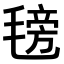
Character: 𣯊